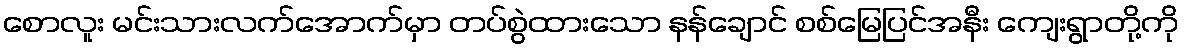
စောလူး မင်းသားလက်အောက်မှာ တပ်စွဲထားသော နန်ချောင် စစ်မြေပြင်အနီး ကျေးရွာတို့ကို